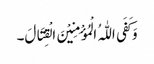
وَ کَفَی اللّٰہُ الْمُؤْمِنِیْنَ الْقِتَالَ۔